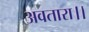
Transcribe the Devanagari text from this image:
अवतारा।।